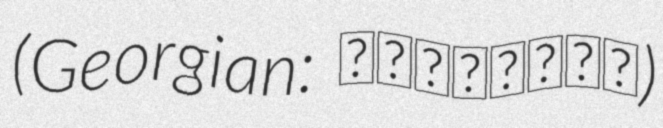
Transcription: (Georgian: კვარიათი)